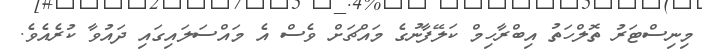
މިނިސްޓަރު ތޮލްހަތު އިބްރާހިމް ކަލޭފާނުގެ މައްޗަށް ވެސް އެ މައްސަލައިގައި ދައުވާ ކުރެއެވެ.